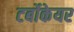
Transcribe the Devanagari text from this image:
टर्बोकेयर